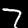
Digit: 7